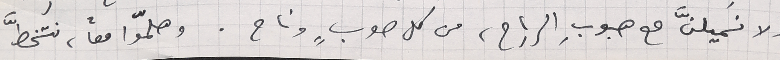
ولا نميلنَّ مع هبوبِ الرياح، من كل صوبٍ وناح. وهلّموا معاً، نتخطَّ